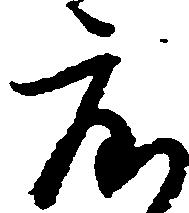
度